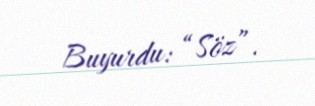
Buyurdu: “Söz”.